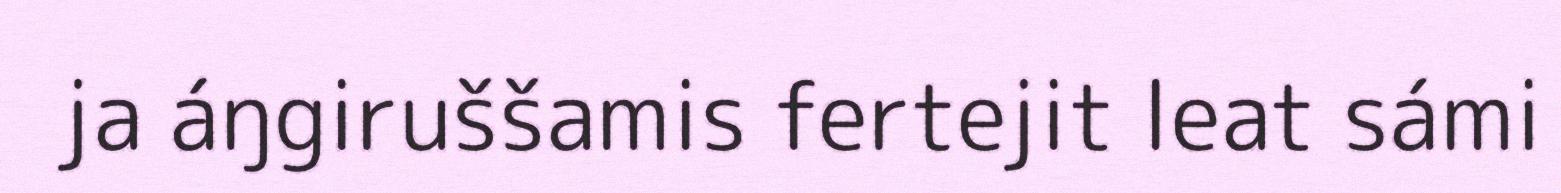
ja áŋgiruššamis fertejit leat sámi